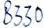
Text: B330